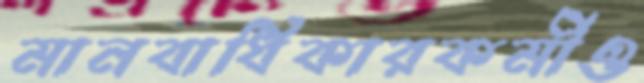
মানবাধিকারকর্মীও